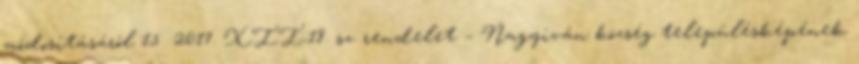
módosításáról 15 2017. XII.18. sz. rendelet – Nagyiván község településképének